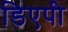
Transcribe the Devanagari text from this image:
डिएपी